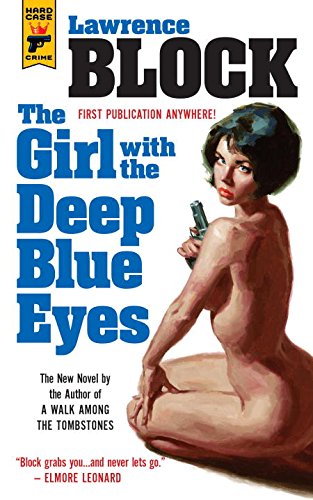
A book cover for The Girl With the Deep Blue Eyes; Lawrence Block; Mystery, Thriller & Suspense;